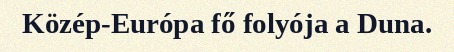
Közép-Európa fő folyója a Duna.